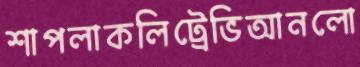
শাপলাকলিট্রেভিআনলো